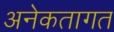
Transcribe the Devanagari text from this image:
अनेकतागत